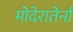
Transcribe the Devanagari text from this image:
मोदेरातेर्ना